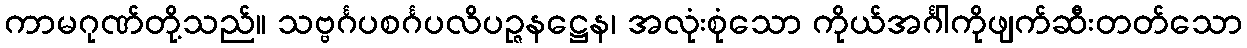
ကာမဂုဏ်တို့သည်။ သဗ္ဗင်္ဂပစင်္ဂပလိပဉ္ဇနဋ္ဌေန၊ အလုံးစုံသော ကိုယ်အင်္ဂါကိုဖျက်ဆီးတတ်သော